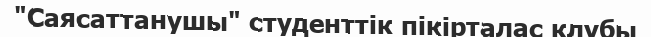
"Саясаттанушы" студенттік пікірталас клубы